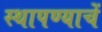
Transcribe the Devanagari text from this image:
स्थापण्याचें